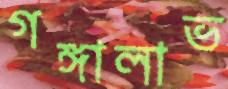
গঙ্গালাভ